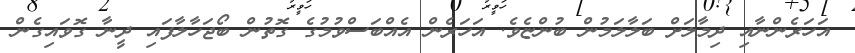
އަހަރެންނާއި ދިމާލަށް ބަލާލަމުން ބުންޏެވެ. އަހަރެން އެއްބަސްވުމުގެ ގޮތުން ބޯޖަހާލާފައި ދީނާ ގޮވައިގެން